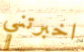
اخبرتني